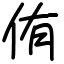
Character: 侑